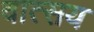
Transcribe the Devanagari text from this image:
वात्सय